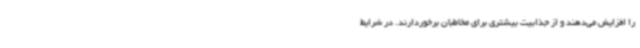
را افزایش می‌دهند و از جذابیت بیشتری برای مخاطبان برخوردارند. در شرایط